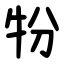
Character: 㸮